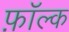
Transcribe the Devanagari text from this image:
फ़ॉल्क